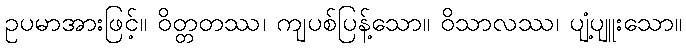
ဥပမာအားဖြင့်။ ဝိတ္တတဿ၊ ကျပစ်ပြန့်သော။ ဝိသာလဿ၊ ပျံ့ပျူးသော။